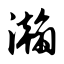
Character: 瀚